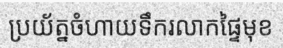
ប្រយ័ត្នចំហាយទឹករលាកផ្ទៃមុខ